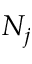
N _ { j }